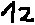
Text: 12